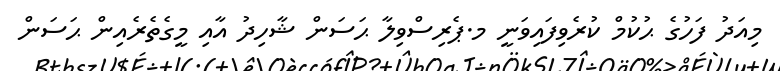
މިއަދު ފަހުގެ ޙުކުމް ކުރެވިފައިވަނީ މ.ޕެރިސްވިލާ ޙަސަން ޝާހިދު އާއި މީގެތެރެއިން ޙަސަން